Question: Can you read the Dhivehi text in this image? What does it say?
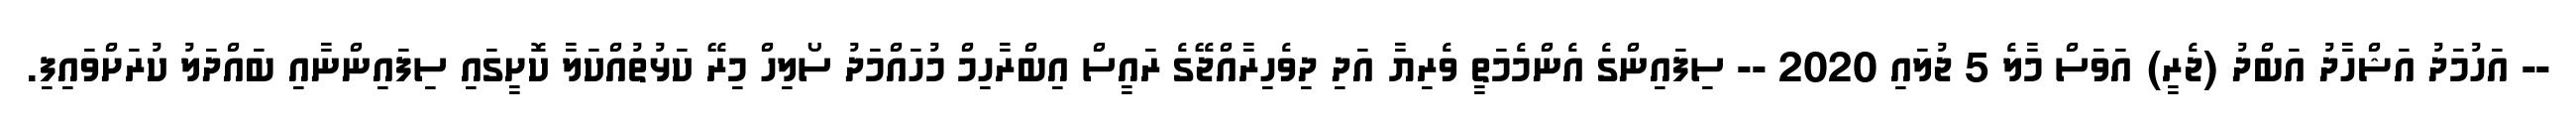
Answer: -- އަހުމަދު އަޝްހާދު އަބްދު (ޖެރީ) އަވަސް މާލެ 5 ޖުލައި 2020 -- ސިފައިންގެ އެންމެމަތީ ވެރިޔާ އަދި ދިވެހިރާއްޖޭގެ ރައީސް އިބްރާހިމް މުހައްމަދު ސޯލިހް މިރޭ ކަޅުތުއްކަލާ ކޮށީގައި ސިފައިންނާއި ބައްދަލު ކުރަށްވައިފި.